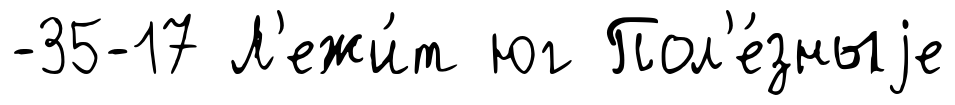
-35-17 Л'ежи́т юг Пол'е́зныjе